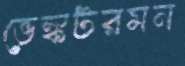
ভেঙ্কটরমন